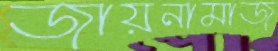
জায়নামাজ